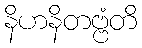
နိဟနိတဗ္ဗံတိ